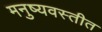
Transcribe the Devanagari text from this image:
मनुष्यवस्तीत